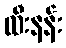
ထီးနန်း